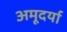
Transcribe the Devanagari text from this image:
अमूदर्या